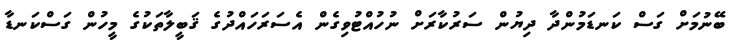
ބޭނުމަށް ގަސް ކަނޑަމުންދާ ދިޔުން ސަރުކާރަށް ނުހުއްޓުވިގެން އެސަރަހައްދުގެ ޤަބީލާތަކުގެ މީހުން ގަސްކަނޑާ